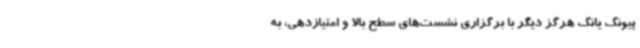
پیونگ یانگ هرگز دیگر با برگزاری نشست‌های سطح بالا و امتیازدهی، به